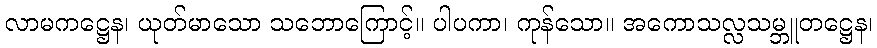
လာမကဋ္ဌေန၊ ယုတ်မာသော သဘောကြောင့်။ ပါပကာ၊ ကုန်သော။ အကောသလ္လသမ္ဘူတဋ္ဌေန၊